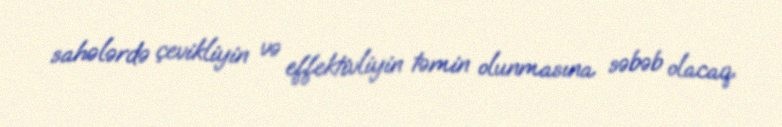
sahələrdə çevikliyin və effektivliyin təmin olunmasına səbəb olacaq.